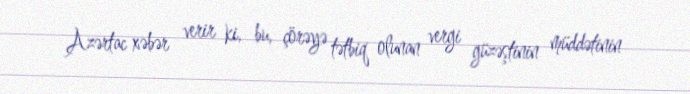
Azərtac xəbər verir ki, bu, çörəyə tətbiq olunan vergi güzəştinin müddətinin